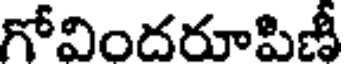
గోవిందరూపిణీ